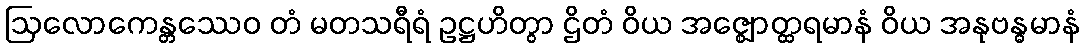
ဩလောကေန္တဿေဝ တံ မတသရီရံ ဥဋ္ဌဟိတွာ ဌိတံ ဝိယ အဇ္ဈောတ္ထရမာနံ ဝိယ အနုဗန္ဓမာနံ